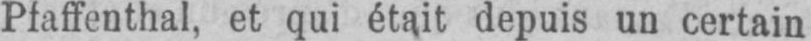
Pfaffenthal, et qui était depuis un certain